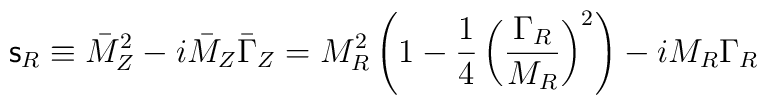
{\mathsf{s}}_R\equiv\bar{M}_Z^2-i\bar{M}_Z\bar{\Gamma}_Z=M_R^2\left(1-\frac{1}{4}\left(\frac{\Gamma_R}{M_R}\right)^2\right)-iM_R\Gamma_R